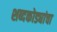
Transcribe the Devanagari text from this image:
शब्दकोड्यांचा